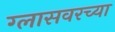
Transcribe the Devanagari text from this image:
ग्लासवरच्या